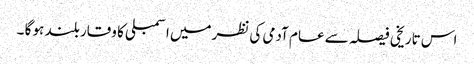
اس تاریخی فیصلہ سے عام آدمی کی نظرمیں اسمبلی کا وقار بلند ہو گا ۔